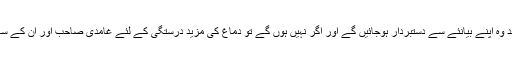
کیا دماغ درست کرنے کے بعد وہ اپنے بیانئے سے دستبردار ہوجائیں گے اور اگر نہیں ہوں گے تو دماغ کی مزید درستگی کے لئے غامدی صاحب اور ان کے ساتھیوں کی اور کیا تجاویز ہیں؟